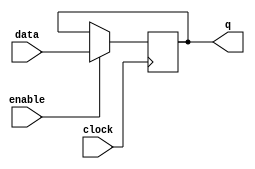
module latch (
  input  data,
  input  enable,
  input  clock,
  output reg q
);

// Level-sensitive latch implementation
always @ (posedge clock) begin
  if (enable) begin
    q <= data;
  end
end

endmodule